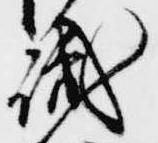
識